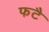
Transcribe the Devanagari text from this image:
फटै